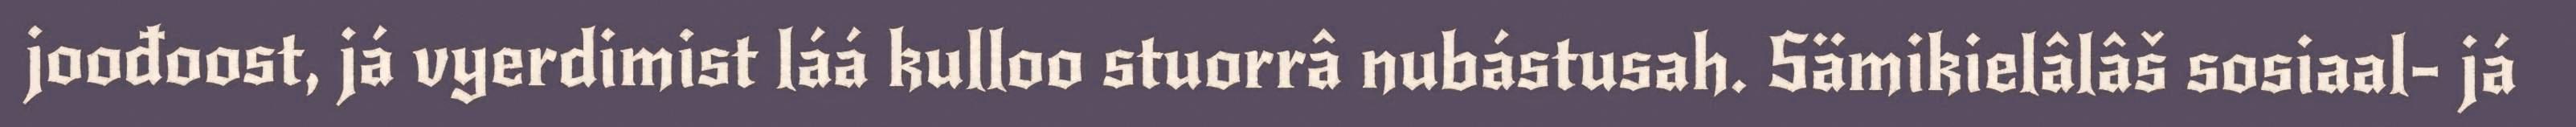
joođoost, já vyerdimist láá kulloo stuorrâ nubástusah. Sämikielâlâš sosiaal- já